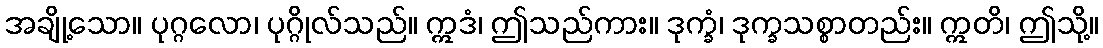
အချို့သော။ ပုဂ္ဂလော၊ ပုဂ္ဂိုလ်သည်။ ဣဒံ၊ ဤသည်ကား။ ဒုက္ခံ၊ ဒုက္ခသစ္စာတည်း။ ဣတိ၊ ဤသို့။